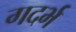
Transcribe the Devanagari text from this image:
गदर्भ